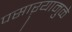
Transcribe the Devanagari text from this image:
पसाऱ्यामुळे